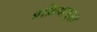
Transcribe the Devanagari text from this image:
प्रक्रियासुद्धा